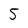
Character: 5